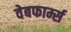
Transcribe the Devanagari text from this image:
वेबफार्म्स